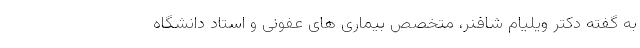
به گفته دکتر ویلیام شافنر، متخصص بیماری های عفونی و استاد دانشگاه